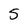
Character: 5